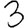
Digit: 3